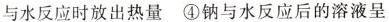
与水反应时放出热量④钠与水反应后的溶液呈